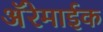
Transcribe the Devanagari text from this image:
अॅरेमाईक